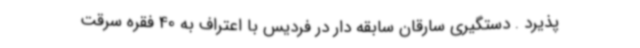
پذیرد . دستگیری سارقان سابقه دار در فردیس با اعتراف به 40 فقره سرقت